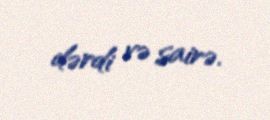
dərdi və sairə.